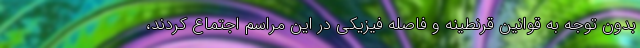
بدون توجه به قوانین قرنطینه و فاصله فیزیکی در این مراسم اجتماع کردند،